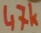
Text: 47k